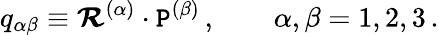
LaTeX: q_{\alpha\beta}\equiv\mathbfcal{R}^{(\alpha)}\cdot\mathbfcal{\mathtt{P}}^{(\beta)}\, ,\qquad\alpha,\beta=1,2,3\, .